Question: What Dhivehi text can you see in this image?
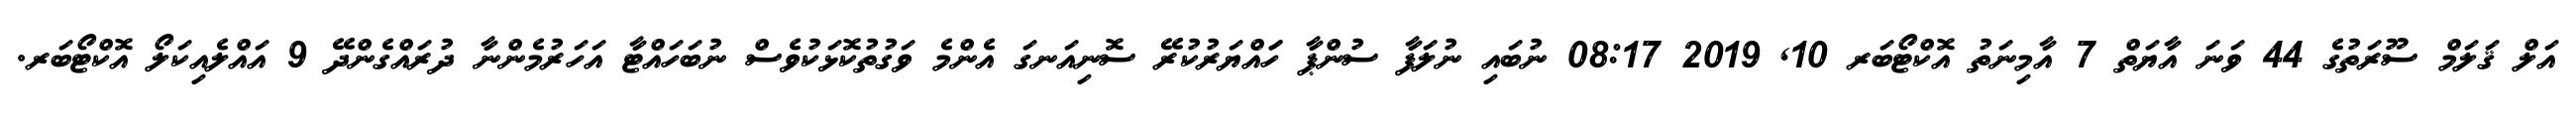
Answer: އަލް ޤަލަމް ސޫރަތުގެ 44 ވަނަ އާޔަތް 7 އާމިނަތު އޮކްޓޯބަރ 10, 2019 08:17 ނުބައި ނުލަފާ ސުންޕާ ހަައްޔަރުކުރޭ ސޮނިއަނގަ އެންމެ ވަގުތުކޮޅަކުވެސް ނުބަހައްޓާ އަހަރުމެންނާ ދުރައްގެންދޭ 9 އައްލެއިކަލޯ އޮކްޓޯބަރ.